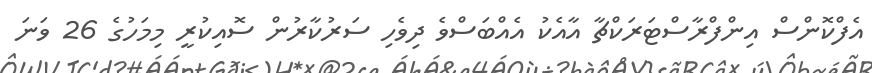
އެފްކޮންސް އިންފްރާސްޓަރަކްޗާ އާއެކު އެއްބަސްވެ ދިވެހި ސަރުކާރުން ސޮއިކުރީ މިމަހުގެ 26 ވަނަ